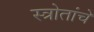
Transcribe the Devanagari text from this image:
स्त्रोतांचे